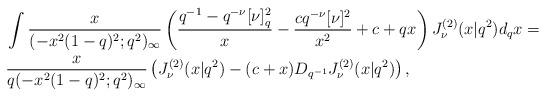
LaTeX: \begin{align*} &\int \dfrac{x}{(- x^2 (1-q)^2;q^2)_\infty} \left(\frac{q^{-1}-q^{-\nu}[\nu]_q^2}{x}-\frac{cq^{-\nu}[\nu]^2}{x^2}+ c+qx \right) J_\nu^{(2)}( x |q^2) d_qx = \\& \frac{x}{q(- x^2 (1-q)^2;q^2)_\infty} \left( J_\nu^{(2)}( x |q^2)-(c+x) D_{q^{-1}} J_\nu^{(2)}( x |q^2) \right),\end{align*}